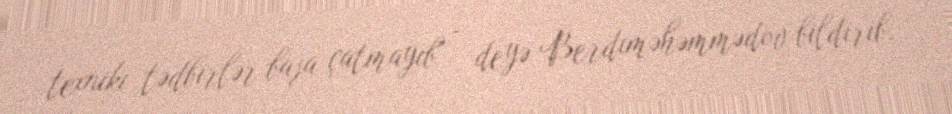
texniki tədbirlər başa çatmayıb" - deyə Berdıməhəmmədov bildirib.